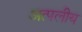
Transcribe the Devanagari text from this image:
अत्पलीय